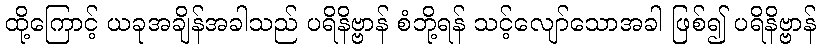
ထို့ကြောင့် ယခုအချိန်အခါသည် ပရိနိဗ္ဗာန် စံဘို့ရန် သင့်လျော်သောအခါ ဖြစ်၍ ပရိနိဗ္ဗာန်